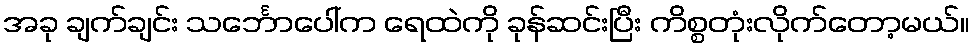
အခု ချက်ချင်း သင်္ဘောပေါ်က ရေထဲကို ခုန်ဆင်းပြီး ကိစ္စတုံးလိုက်တော့မယ်။